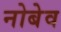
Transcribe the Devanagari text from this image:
नोबेव